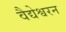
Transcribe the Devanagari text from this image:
वैद्येश्वरन